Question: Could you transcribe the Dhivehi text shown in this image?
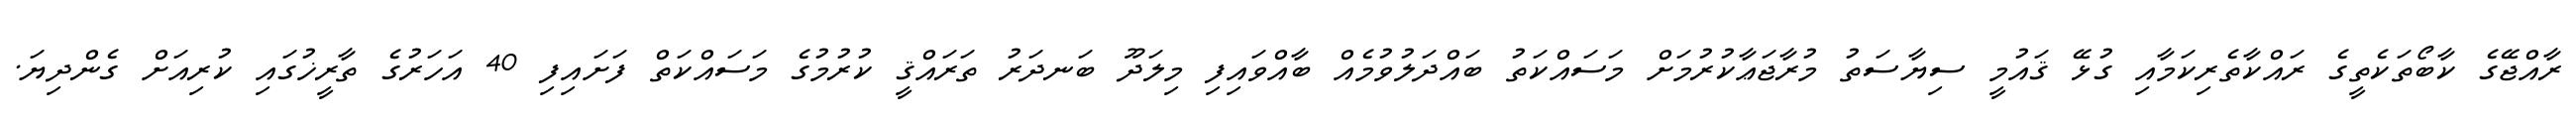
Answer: ރާއްޖޭގެ ކާބޯތަކެތީގެ ރައްކާތެރިކަމާއި ގުޅޭ ޤައުމީ ސިޔާސަތު މުރާޖަޢާކުރުމަށް މަސައްކަތު ބައްދަލުވުމެއް ބާއްވައިފި މިލަދޫ ބަނދަރު ތަރައްޤީ ކުރުމުގެ މަސައްކަތް ފަށައިފި 40 އަހަރުގެ ތާރީޚުގައި ކުރިއަށް ގެންދިޔަ.